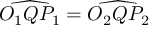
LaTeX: { \widehat { O _ { 1 } Q P _ { 1 } } } = { \widehat { O _ { 2 } Q P _ { 2 } } }